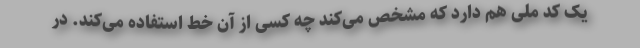
یک کد ملی هم دارد که مشخص می‌کند چه کسی از آن خط استفاده می‌کند. در